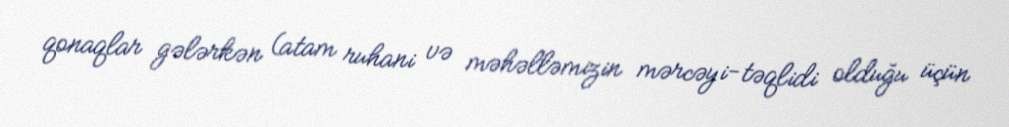
qonaqlar gələrkən (atam ruhani və məhəlləmizin mərcəyi-təqlidi olduğu üçün